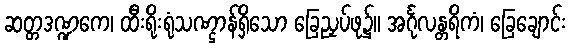
ဆတ္တဒဏ္ဍကေ၊ ထီးရိုးရုံသဏ္ဌာန်ရှိသော ခြေညှပ်ဖု၌။ အင်္ဂုလန္တရိကံ၊ ခြေချောင်း